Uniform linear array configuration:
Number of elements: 8
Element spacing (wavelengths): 0.25
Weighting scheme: uniform
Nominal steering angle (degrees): -30
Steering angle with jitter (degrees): -30.316
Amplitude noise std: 0.05
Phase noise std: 0.05

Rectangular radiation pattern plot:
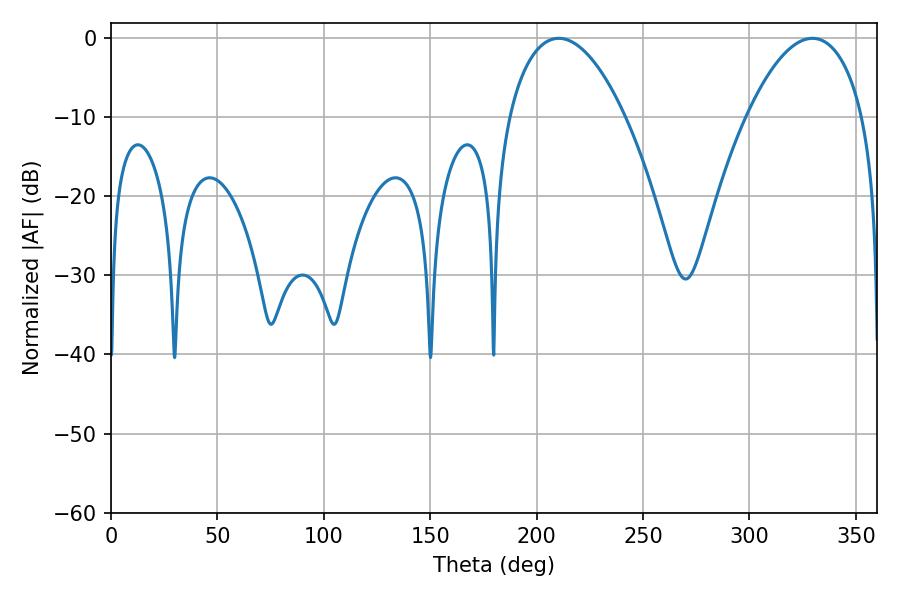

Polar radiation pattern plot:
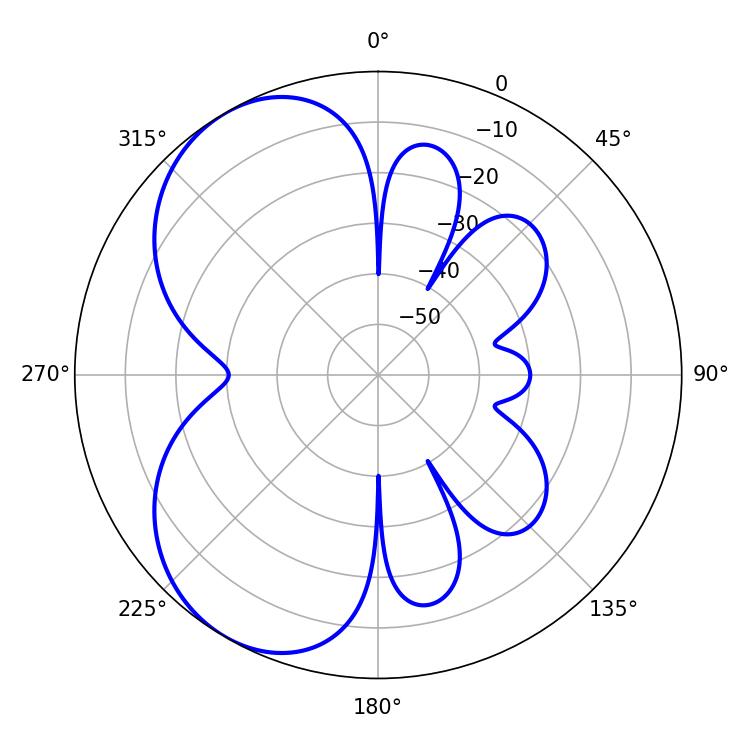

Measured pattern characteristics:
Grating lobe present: FALSE
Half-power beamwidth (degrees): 30.6
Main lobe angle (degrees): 210.42